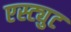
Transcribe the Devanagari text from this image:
एस्ट्युट